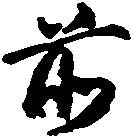
前